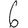
Digit: 6